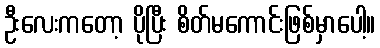
ဦးလေးကတော့ ပိုပြီး စိတ်မကောင်းဖြစ်မှာပေါ့။